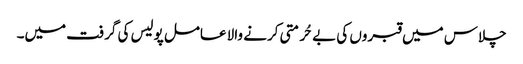
چلاس میں قبروں کی بے حُرمتی کرنے والا عامل پولیس کی گرفت میں۔